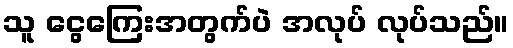
သူ ငွေကြေးအတွက်ပဲ အလုပ် လုပ်သည်။